Report on sanitation, dispensaries, and jails in Rajputana for 1916, and on vaccination for the year 1916-1917 - 1916-1917
Year: 1916
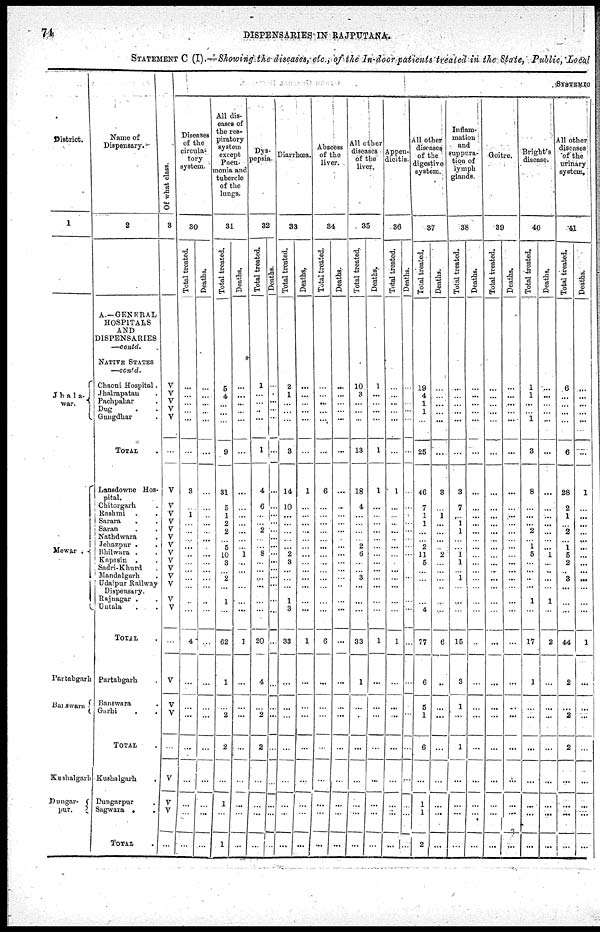
74
DISPENSARIES IN RAJPUTANA.
STATEMENT C (I) —Showing the diseases, etc., of the In-door patients treated in the State, Public, Local
District.
1
Jhala-
war.
Mewar .
Partabgarh
Banswara
Kushalgarh
Dungar¬
pur.
Name of
Dispensary.
2
A.—GENERAL
HOSPITALS
AND
DISPENSARIES
—contd.
NATIVE STATES
—contd.
Chaoni Hospital.
Jhalrapatan .
Pachpahar .
Dug . .
Gungdhar.
TOTAL .
Lansdowne Hos-
pital.
Chitorgarh .
Rashmi . .
Sarara..
Saran ..
Nathdwara.
Jehazpur . .
Bhilwara . .
Kapasin . .
Sadri-Khurd .
Mandalgarh .
Udaipur Railway
Dispensary. Rajnagar . .
Untala ..
TOTAL .
Partabgarh .
Banswara .
Garhi . .
TOTAL.
Kushalgarh
.
Dungarpur .
Sagwara . .
TOTAL .
Of what class.
3
V
V
V
V
V
...
V
V
V
V
V
V
V
V
V
V
V
V
V
V
...
V
V
V
...
V
V
V
...
SYSTEMIC
Diseases
of the
circula¬
tory
system.
30
Total treated.
...
...
...
...
...
...
3
...
1
...
...
...
...
...
...
...
...
...
...
...
4
...
...
...
...
...
...
...
...
Deaths.
...
...
...
...
...
...
...
...
...
...
...
...
...
...
...
...
...
...
...
...
...
...
...
...
...
...
...
...
...
All dis¬
eases of
the res¬
piratory
system
except
Pneu-
monia and
tubercle
of the
lungs.
31
Total treated.
5
4
...
...
...
9
31
5
1
...
... 2
5
10
3
...
2
...
1
...
62
1
...
2
2
...
1
...
1
Deaths.
...
...
...
...
...
...
...
...
...
...
...
...
...
1
...
...
...
...
...
...
1
...
...
...
...
...
...
...
...
Dys-
pepsia.
32
Total treated.
1
...
...
...
...
1
4
6
...
...
...
...
...
8
...
...
...
...
...
...
20
4
...
2
2
...
...
...
...
Deaths.
...
...
...
...
...
...
...
...
...
...
...
...
...
...
...
...
...
...
...
...
...
...
...
...
...
...
...
...
...
Diarrhœa.
33
Total treated.
2
1
...
...
...
3
14
10
...
...
...
...
...
2
3
...
...
...
1
3
33
...
...
...
...
...
...
...
...
Deaths.
...
...
...
...
...
...
1
...
...
...
...
...
...
...
...
...
...
...
...
...
1
...
...
...
...
...
...
...
...
Abscess
of the
liver.
34
Total treated.
...
...
...
...
...
...
6
...
...
...
...
...
...
...
...
...
...
...
...
...
6
...
...
...
...
...
...
...
...
Deaths.
...
...
...
...
...
...
...
...
...
...
...
...
...
...
...
...
...
...
...
...
...
...
...
...
...
...
...
...
...
All other
diseases
of the
liver.
35
Total treated.
10
3
...
...
...
13
18
4
...
...
...
...
2
6
...
...
3
...
...
...
33
1
...
...
...
...
...
...
...
Deaths.
1
...
...
...
...
1
1
...
...
...
...
...
...
...
...
...
...
...
...
...
1
...
...
...
...
...
...
...
...
Appen-
dicitis.
36
Total treated.
...
...
...
...
1
...
...
...
...
...
...
...
...
...
...
...
...
...
1
...
...
...
...
...
...
...
...
Deaths.
...
...
...
...
...
...
...
...
...
...
...
...
...
...
...
...
...
...
...
...
...
...
...
...
...
...
...
...
All other
diseases
of the
digestive
system.
37
Total treated.
19
4
1
1
...
25
46
7
1
...
...
...
2
11
5
...
...
...
...
4
77
6
5
1
6
...
1
1
2
Deaths.
...
...
...
...
...
3
...
1
...
...
...
...
2
...
...
...
...
...
...
6
...
...
...
...
...
...
...
...
Inflam-
mation
and
suppura-
tion of
lymph
glands.
38
Total treated.
...
...
...
...
...
3
7
... 1
... 1
...
1
1
...
1
...
...
...
15
3
1
...
1
...
...
...
...
Deaths.
...
...
...
...
...
...
...
...
...
...
...
...
...
...
...
...
...
...
...
...
...
...
...
...
...
...
...
...
...
Goitre.
39
Total treated.
...
...
...
...
...
...
...
...
...
...
...
...
...
...
...
...
...
...
...
...
...
...
...
...
...
...
...
...
Deaths.
...
...
...
...
...
...
...
...
...
...
...
...
...
...
...
...
...
...
...
...
...
...
...
...
...
...
...
...
Bright's
disease.
40
Total treated.
1
1
...
...
1
3
8
...
...
...
...
...
1
5
...
...
...
...
1
...
17
1
...
...
...
...
...
...
...
Deaths.
...
...
...
...
...
...
...
...
...
...
...
...
...
1
...
...
...
...
1
...
2
...
...
...
...
...
...
...
...
All other
diseases
of the
urinary
system.
41
Total treated.
6
...
...
...
6
28
2
1
...
... 2
1
5
2
...
3
...
...
...
44
2
...
2
2
...
...
...
...
Deaths.
...
...
...
...
...
1
...
...
...
...
...
...
...
...
...
...
...
...
...
1
...
...
...
...
...
...
...
...